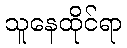
သူနေထိုင်ရာ